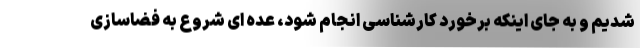
شدیم و به جای اینکه برخورد کارشناسی انجام شود، عده ای شروع به فضاسازی